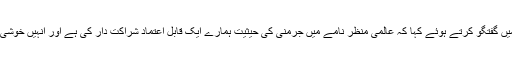
صدر أوباما نے جرمنی کی چانسلر اینگلا مرکل کے ساتھ مشترکہ پریس کانفرنس میں گفتگو کرتے ہوئے کہا کہ عالمی منظر نامے میں جرمنی کی حیثیت ہمارے ایک قابل اعتماد شراکت دار کی ہے اور انہیں خوشی ہے کہ دونوں ملکوں نے آب و ہوا کی تبدیلی پر پیرس معاہدے پر دستخط کیے ہیں۔